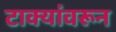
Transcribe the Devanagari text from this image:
टाक्यांवरून